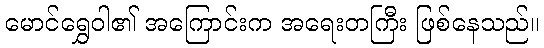
မောင်ရွှေဝါ၏ အကြောင်းက အရေးတကြီး ဖြစ်နေသည်။